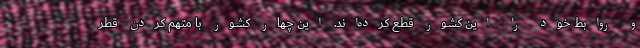
و روابط خود را این کشور قطع کرده‌اند. این چهار کشور با متهم کردن قطر